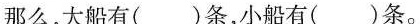
那么，大船有()条，小船有()条。